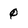
Character: q